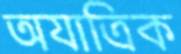
অযাত্রিক